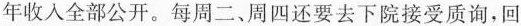
年收入全部公开。每周二、周四还要去下院接受质询，回